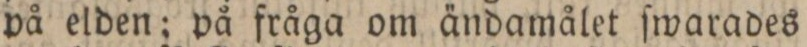
på elden; på fråga om ändamålet ſwarades